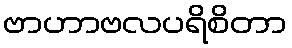
ဗာဟာဗလပရိစိတာ